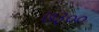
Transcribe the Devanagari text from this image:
७३००